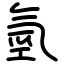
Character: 氫